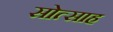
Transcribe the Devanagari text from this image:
सोत्साह